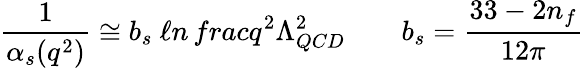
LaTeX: \frac{1}{\alpha_{s}(q^{2})}\cong b_{s}\ \ell n\, frac{q^{2}}{\Lambda_{QCD}^{2}}\qquad b_{s}=\frac{33-2n_{f}}{12\pi}